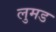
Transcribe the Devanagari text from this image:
लुमड